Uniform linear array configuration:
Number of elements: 12
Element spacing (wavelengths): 1
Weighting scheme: hamming
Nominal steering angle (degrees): -45
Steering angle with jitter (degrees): -43.424
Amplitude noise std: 0.05
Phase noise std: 0.05

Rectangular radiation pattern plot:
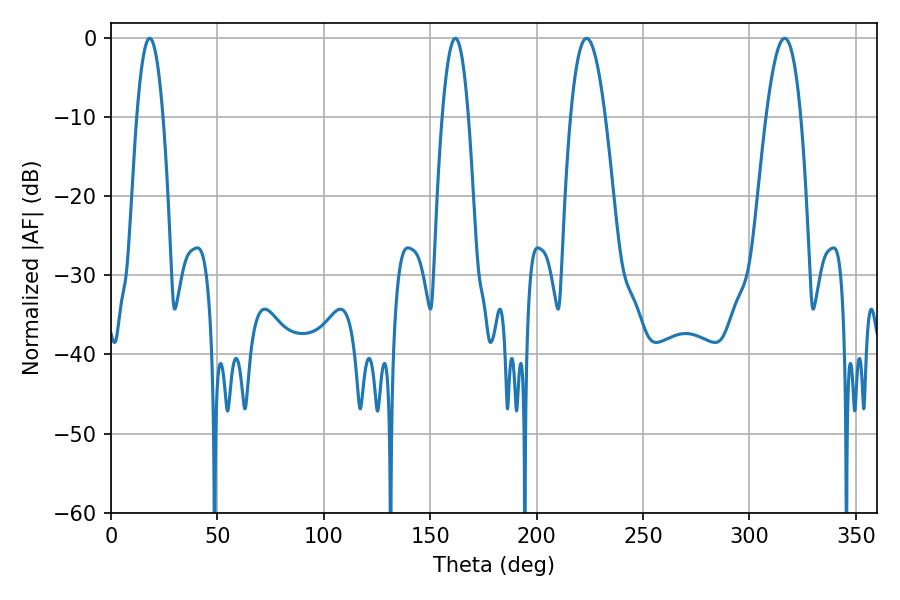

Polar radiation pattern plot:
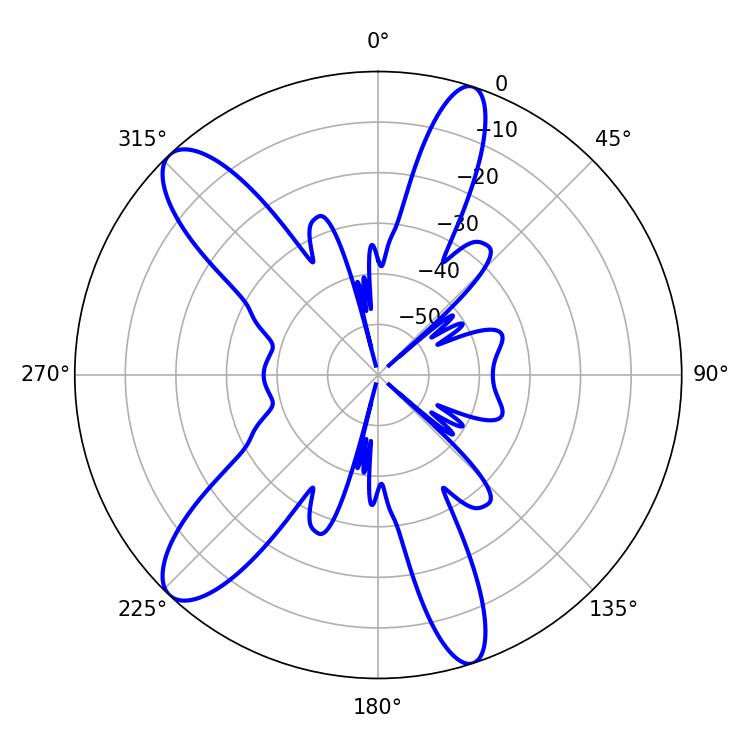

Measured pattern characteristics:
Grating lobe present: TRUE
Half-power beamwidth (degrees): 6.84
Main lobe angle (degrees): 161.82